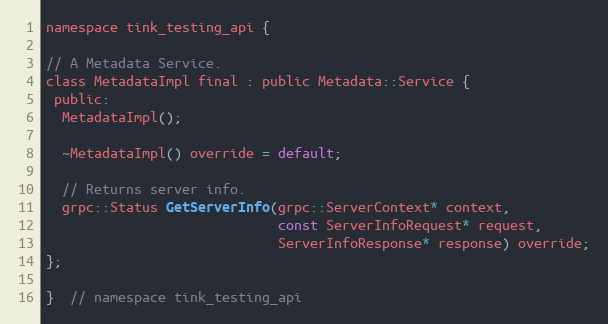
Language: C
namespace tink_testing_api {

// A Metadata Service.
class MetadataImpl final : public Metadata::Service {
 public:
  MetadataImpl();

  ~MetadataImpl() override = default;

  // Returns server info.
  grpc::Status GetServerInfo(grpc::ServerContext* context,
                             const ServerInfoRequest* request,
                             ServerInfoResponse* response) override;
};

}  // namespace tink_testing_api